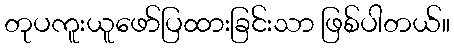
တုပကူးယူဖော်ပြထားခြင်းသာ ဖြစ်ပါတယ်။